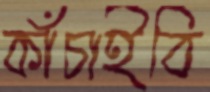
কাঁচাইবি